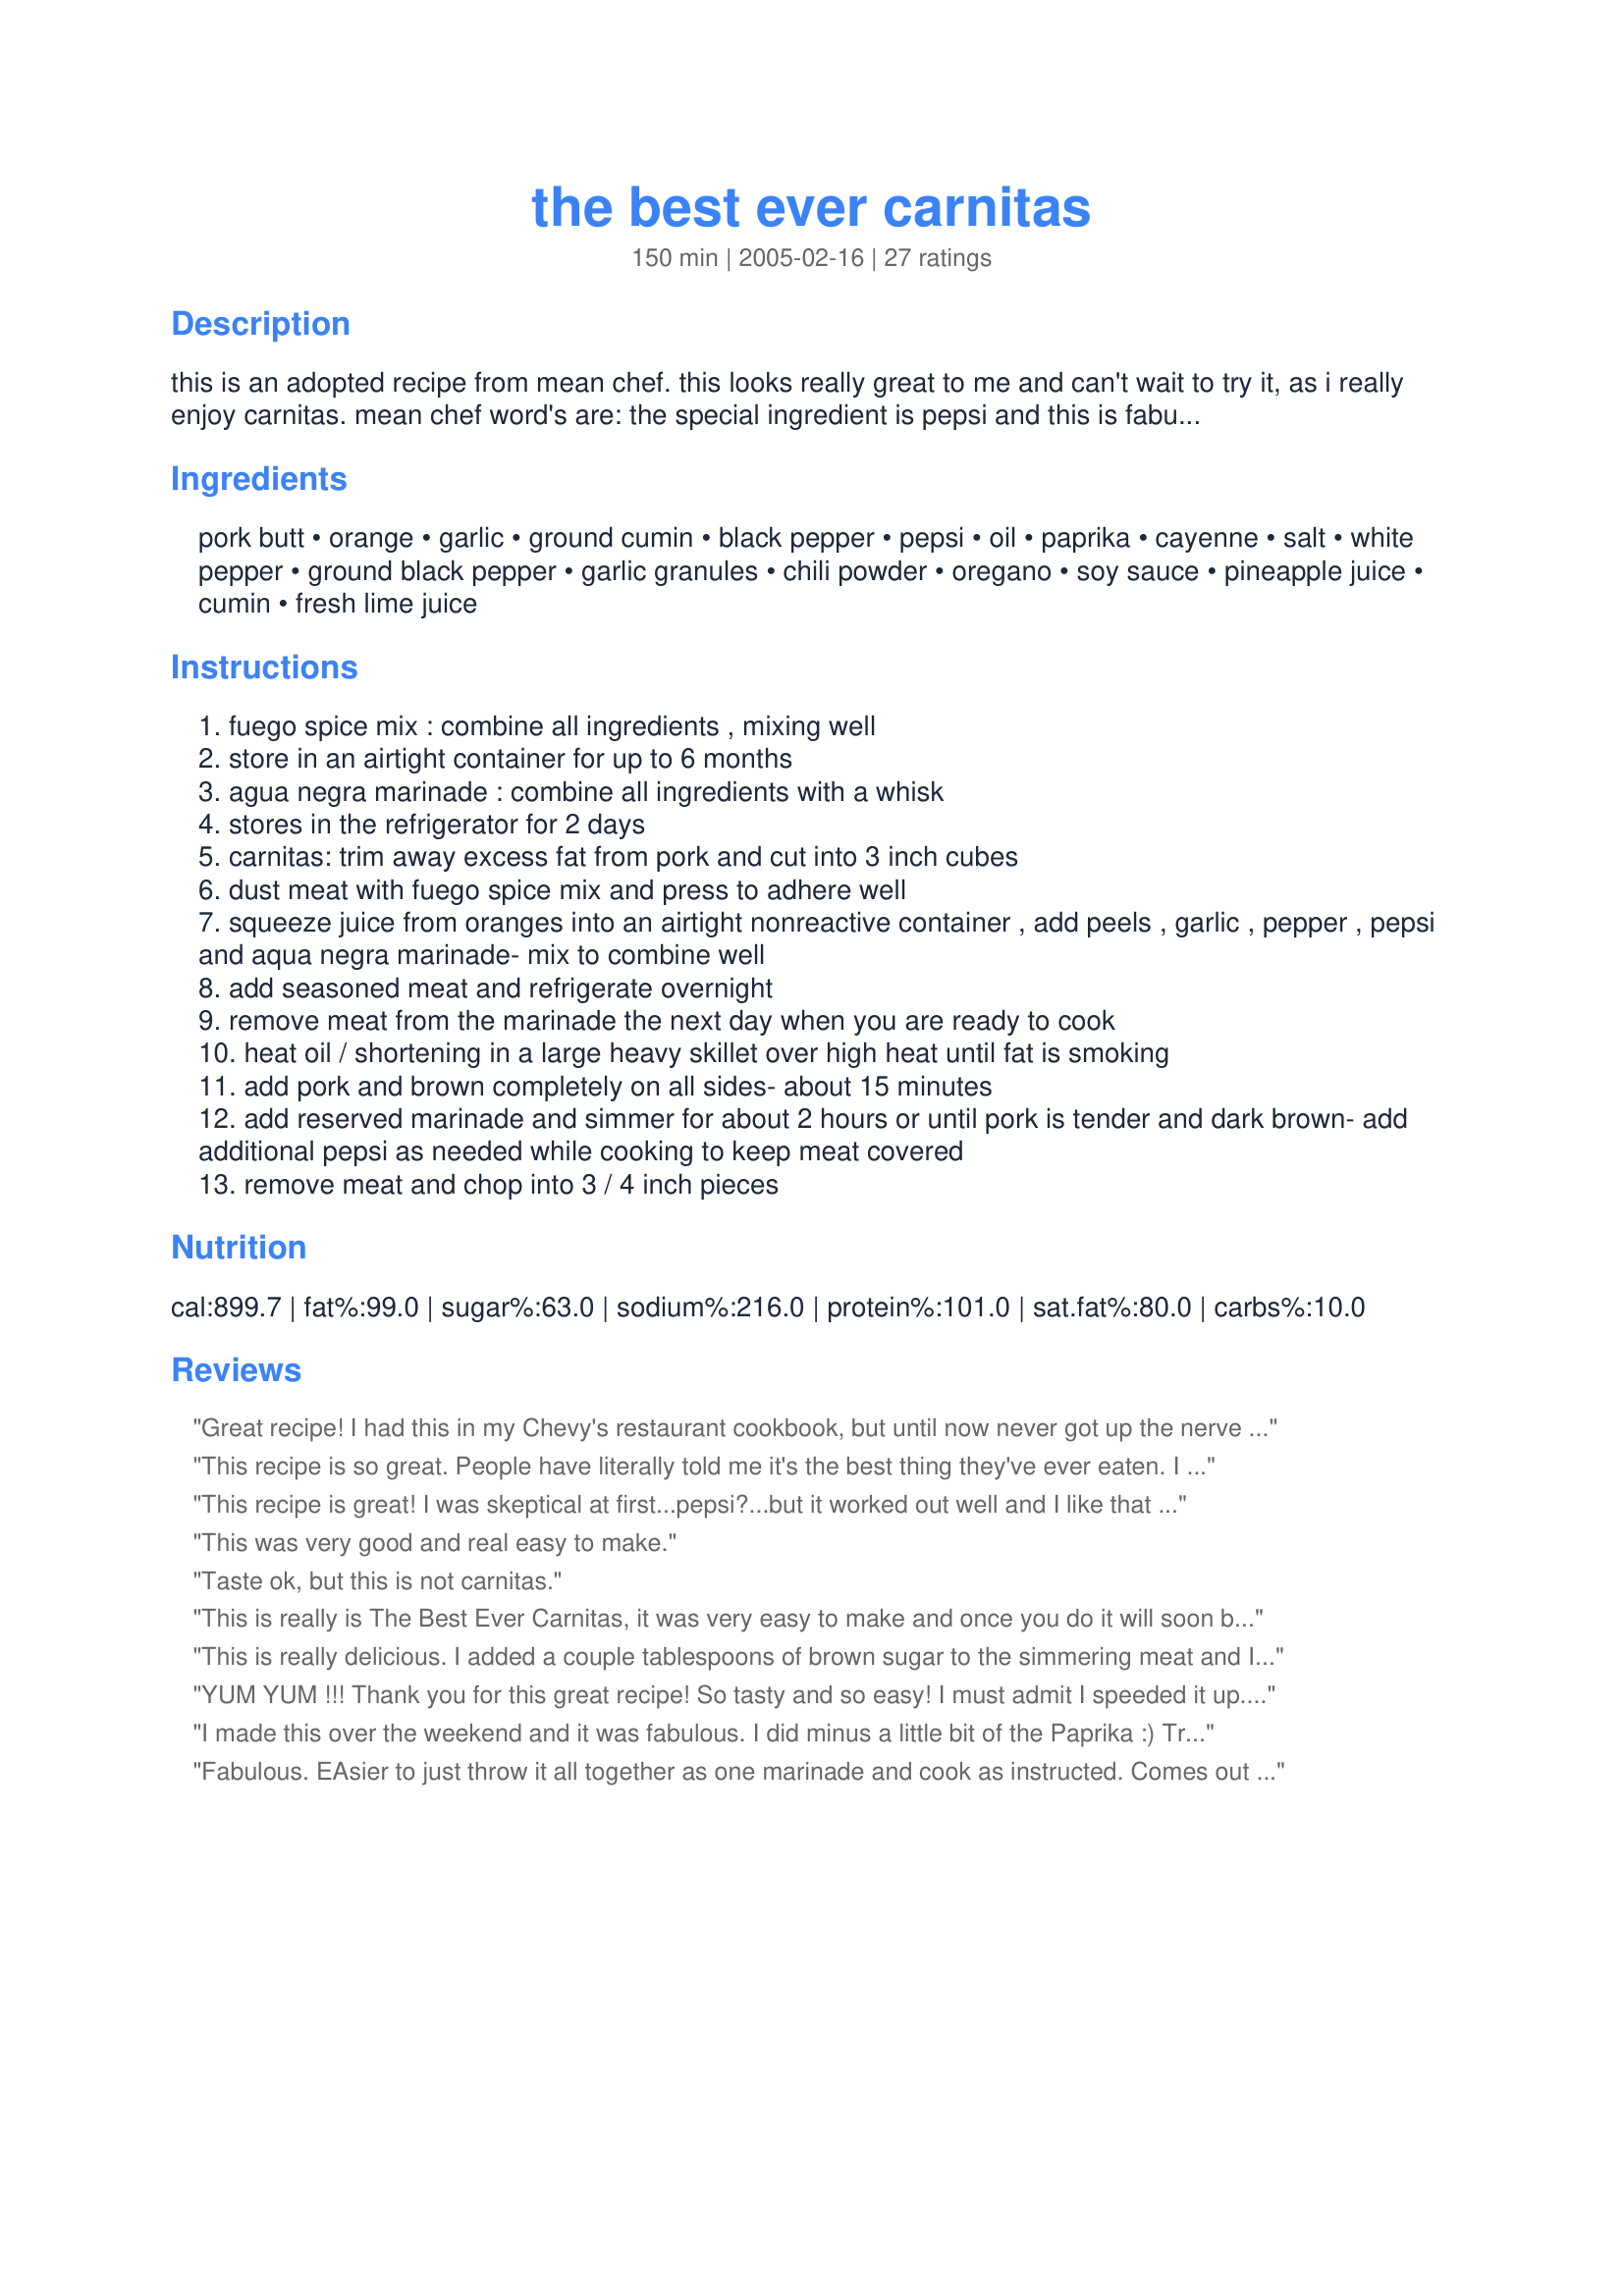
the best ever carnitas
Preparation time: 150 minutes

this is an adopted recipe from mean chef. this looks really great to me and can't wait to try it, as i really enjoy carnitas. mean chef word's are:
the special ingredient is pepsi and this is fabulous. you can use carnitas in tortillas, serve like bbq pork or great at a picinic on rolls. recipe from rio bravo

Ingredients:
pork butt, orange, garlic, ground cumin, black pepper, pepsi, oil, paprika, cayenne, salt, white pepper, ground black pepper, garlic granules, chili powder, oregano, soy sauce, pineapple juice, cumin, fresh lime juice

Steps:
fuego spice mix : combine all ingredients , mixing well
store in an airtight container for up to 6 months
agua negra marinade : combine all ingredients with a whisk
stores in the refrigerator for 2 days
carnitas: trim away excess fat from pork and cut into 3 inch cubes
dust meat with fuego spice mix and press to adhere well
squeeze juice from oranges into an airtight nonreactive container , add peels , garlic , pepper , pepsi and aqua negra marinade- mix to combine well
add seasoned meat and refrigerate overnight
remove meat from the marinade the next day when you are ready to cook
heat oil / shortening in a large heavy skillet over high heat until fat is smoking
add pork and brown completely on all sides- about 15 minutes
add reserved marinade and simmer for about 2 hours or until pork is tender and dark brown- add additional pepsi as needed while cooking to keep meat covered
remove meat and chop into 3 / 4 inch pieces

Reviews:
Great recipe! I had this in my Chevy's restaurant cookbook, but until now never got up the nerve to try it. I followed the ingredients exactly, except after browning the meat I put it and the marinade in my crockpot for 8 hours on low. It came out delicious and tender, shredded easily. We ate this as tacos with pico, home made guacamole and jack cheese. There are only 2 of us, so fortunately this recipe provided lots of leftovers. It was somewhat labor intensive, but worth the effort!
This recipe is so great.
People have literally told me it's the best thing they've ever eaten. I don't know if that's true, but it's up there. It is a little time-consuming, but with a little foresight it's not too troublesome. The payoff cannot be underestimated. Your friends will love you!
This recipe is great! I was skeptical at first...pepsi?...but it worked out well and I like that the ingredients were easy to find because not everyone has a Mexican market around the corner! I cooked it for about 4 hours and then shredded it instead of cutting it, but it just fell apart...SUPER YUM!
This was very good and real easy to make.
Taste ok, but this is not carnitas.
This is really is The Best Ever Carnitas, it was very easy to make and once you do it will soon become one of your favorites - real authentic taste!
This is really delicious. I added a couple tablespoons of brown sugar to the simmering meat and I might cut down the soy sauce just a little next time.
YUM YUM !!!
Thank you for this great recipe! So tasty and so easy!

I must admit I speeded it up. Marinated for 30 min, then pressed seasoning onto meat browned and simmered until fork tender.

It was GREAT!!!!
I made this over the weekend and it was fabulous. I did minus a little bit of the Paprika :) Try this and you too can be a hit at the party.
Fabulous. EAsier to just throw it all together as one marinade and cook as instructed. Comes out great!
I was a little skeptical on this recipe, as the ingredients didn't sound right--pineapple juice and soy sauce for carnitas? However, I tried it because I love Mean Chef's recipes. I'm so glad I did!

One thing to note when you make this is that the marinade and fuego spice mix actually make WAY more than you need for the 3 lbs of pork. Next time I make this, I plan to use 8-9 lbs of meat & triple the other ingredients in the FIRST section of the recipe so I don't waste anything (and have lots of yummy leftovers to freeze). I also don't plan to coat the meat pieces with seasoning before I marinate. I plan to add most of the spices (reserving some) to the Aqua Negra marinade. Coating them seemed like a waste of time since immediately you throw them in liquid. I will use some of the reserved spices to throw in the oil when I fry the pork before cooking.

I HIGHLY recommend this recipe. The layering of flavors is fabulous!
Love these carnitas! I only used about half of the orange's juice and didn't add the peel as I don't like much of a citrus flavor on my carnitas. I used manteca (lard) for the oil/shortening. I also brushed with a little milk and broiled to crisp up some before serving. Will make again!
Can anyone give me advice? Thank you for this DELISH recipe, but I think I may have messed up on something. When I brown the pork in the fat, I then added the marinade to the same pot. Whilst it tasted fantastic, it seemed really oily. Am I supposed to brown in another pot, and then add to a new pot with the marinade? Regardless, it was still delicious. Thank you.
Outstanding flavor. I was concerned it would be too spicy, but it was just perfect. The cooking time of 2 hours was exactly correct - the pork was very tender and fell off the bone. I shredded the cooked pork cubes and served it on tortillas. This would make a great meat filling for tamales, too. Fortunately it made plenty to freeze for another meal.
Odd. A distinct disappointment
I didn't have time to marinate over night, and the only "butt" roast at the store was too large. I purchased 3 pounds of pork stew meat instead. At least it was already cut up for me :)

I dumped the whole cup of Fuego Spice Mix in a gallon baggie with all of the pork and then put in the orange/garlic/cumin/pepper/Pepsi and 1 cup of the Agua Negra and let it sit for about 15 minutes. I pulled the pork pieces out to fry and pulled the orange rinds out to await the next step.
After frying, I put the pork into the crock pot and added the following: poured the liquid it was still in the baggie and the remaining Agua Negra that had been sitting aside and tossed in the orange rind. I topped it off with Pepsi to make sure the pork was covered and let cook for the next 4 hours on High.
I pulled the pork out to cool and rest, then pulled it apart with a fork.
To serve: two warmed white corn tortillas, mound of pork, minced onion, chopped cilantro, squeeze of lime, drizzle of sauce (that was still in the crock pot) and YUM!!!
This was very good...and I had so much meat left I cleaned it the following day (wearing Nitrile gloves makes this much quicker, easier and efficient...and less yucky!). I took some of the congealed broth, and a pan and heated it up in the skillet until the meat was brown and crispy. It just went from very good to frickin' awesome! I highly recommend this as a make ahead and heat it up in a skillet...wow!
This recipe was PERFECT! It was my first time making Carnitas and it was a hit at my house. The seasoning is perfect! I made some black beans and pico de gallo and served them alongside. Really amazing dish. I will say that it seems you can press the seasoning on before browning. I deglazed the pan with a little more pepsi and red wine to get that flavor out of the pan. Good job!
this recipe is good, definitely NOT carnitas though!!! it's more like shredded porkin a spicy Mole sauce. the seasoning is very, very strong - it ovewhelmed the flavors of the meat (not too spicy strong - i love it hot & spicy!)
It was ok. A bit too spicy. Once I saw the ingredients I knew you would not get authentic carnitas and I was right.
I thought ths was excellent! I used all of the dry ingredients, I dredged all sides of the meat pieces in it. I also used half the liquid marinade the night before, and then the other half the next day to simmer it in. I also ended up using a whole liter of cola, I used Shasta (cheaper). I also used about a 6 lb. pork shoulder. I also chose to shred the meat after it was done. Topped it with Queso Fresco crumbled cheese, fresh cilantro, chopped onion and green salsa verde. Simply delicious!
I was lacking a few of the ingredients, so substituted in-kind. My wife almost had me committed when she saw me add the Pepsi. The carnitas were "the best," no doubt. My family loved them. If you have have the time, you cannot go wrong with this recipe. I added a 13th step by pouring a lil milk over them and broiling them until tops were crisp. No leftovers in our house!
This was a delicious and interesting recipe. I used to make the Renaldo's carnitas (one of the other recipe's on this site)- but my husband wanted to try a different type of flavor and this was a great pick. It was a little more work and definatley more ingredients but so worth it!! Very flavorful and saved well!! (i'm noticing that a lot of the recipes from the Mean Chef are awesome:)
This wasn't terrible but it was not what I expected. It was very spicy. I was hoping for a more authentic carnitas flavor.
Excellent recipe. I didn&#039;t have pineapple so I substitutued with orange juice. After marinating overnight, I mixed the seasonings in a bag and coated the meat, then fried. I added the fried meat to the crock pot, added the remaining marinade to the pan and scraped up the brown bits. Let this simmer and reduce for about 5 minutes then added it to the crock pot along with enough Pepsi to cover the meat. Cook on low for 8 hours then shredded and served in tortillas with cabbage, cheese, cilantro, and avocado...excellent flavor!
Great recipe! Full of flavor - rich and earthy - and just right amount of heat. I marinaded it all night and as suggested by a reviewer, put everything in a crockpot to simmer on low for about 6 hours. Came out tender and tasty. Had enough for 2 more nights and flavors blended better and better. Served it with shredded cabbage, chopped tomatoes, green onions, and sour cream in corn tortillas. Can also be served with all the 'goodies' minus the totillas.
Absolutely Superb! Made with all the ingredients listed. I noticed in the 1st ingredients section it calls for 1 1/2 tsp of Cumin but it isn't listed for use in the instructions. I assumed it was to be added in step# 7. Only changes I made was Coke instead of Pepsi, marinaded for only 4 hours and didn't brown meat but instead cooked it all in a crock pot. It turned out spectacular and my DH who hates tacos raved about how good the taste was.
